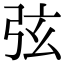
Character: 弦